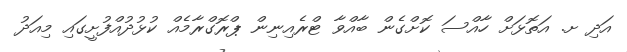
އަދި ށ. އަތޮޅަށް ހާއްސަ ކޮށްގެން ބާއްވާ ޓްރެއިނިން ޕްރޮގްރާމެއް ކުޅުދުއްފުށީގައި މިއަދު